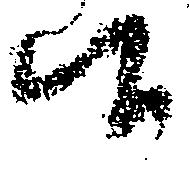
候